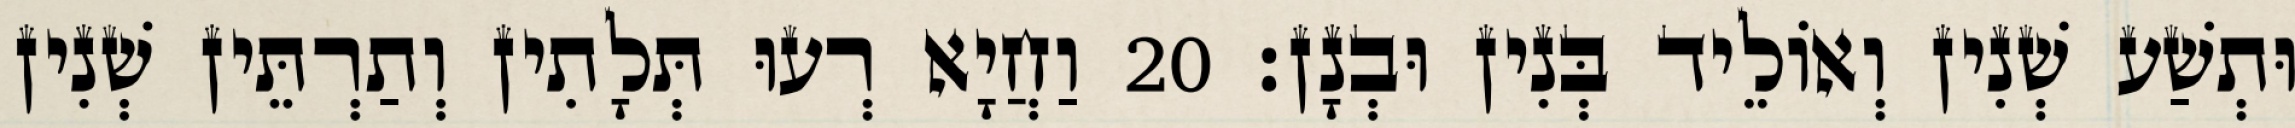
וּתְשַׁע שְׁנִין וְאוֹלֵיד בְּנִין וּבְנָן׃ 20 וַחֲיָא רְעוּ תְּלָתִין וְתַרְתֵּין שְׁנִין